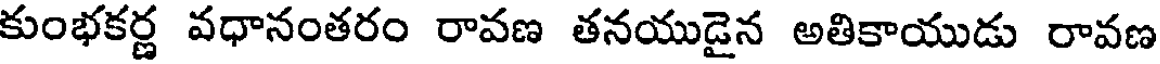
కుంభకర్ణ వధానంతరం రావణ తనయుడైన అతికాయుడు రావణ